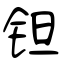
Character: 钽